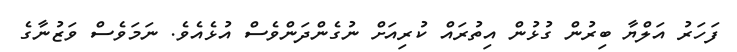
ފަހަރު އަލްޔާ ބިރުން ގުޅުން އިތުރައް ކުރިއަށް ނުގެންދަންވެސް އުޅެއެވެ. ނަމަވެސް ވަޒުނާގެ